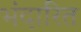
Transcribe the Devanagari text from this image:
भंदारित